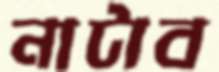
নাটাব